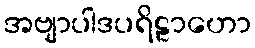
အဗျာပါဒပရိဠာဟော